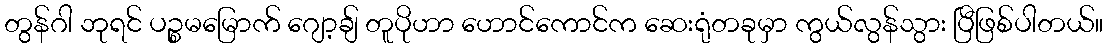
တွန်ဂါ ဘုရင် ပဉ္စမမြောက် ဂျော့ချ် တူပိုဟာ ဟောင်ကောင်က ဆေးရုံတခုမှာ ကွယ်လွန်သွား ပြီဖြစ်ပါတယ်။